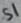
Text: S1